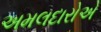
અમલદારોએ